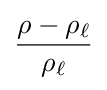
{\frac {\rho -\rho _{\ell }}{\rho _{\ell }}}